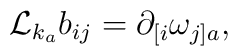
{\cal L}_{k_{a}}b_{ij}=\partial_{[i}\omega_{j]a},